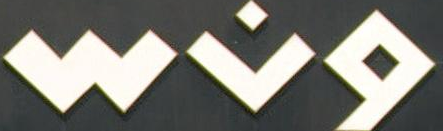
ونس